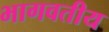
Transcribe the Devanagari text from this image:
भागवतीय